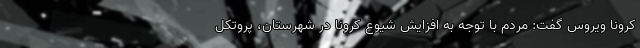
کرونا ویروس گفت: مردم با توجه به افزایش شیوع کرونا در شهرستان، پروتکل